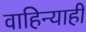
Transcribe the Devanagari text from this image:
वाहिन्याही